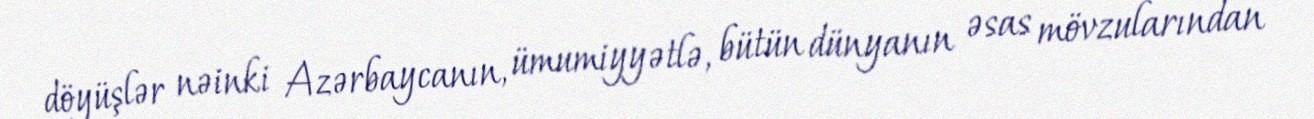
döyüşlər nəinki Azərbaycanın, ümumiyyətlə, bütün dünyanın əsas mövzularından